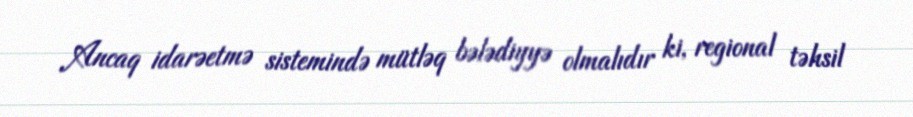
Ancaq idarəetmə sistemində mütləq bələdiyyə olmalıdır ki, regional təhsil